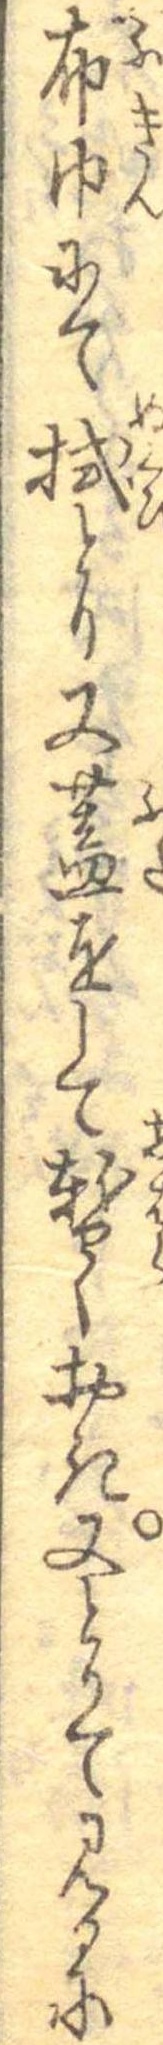
布巾にて拭とり又蓋をして暫くおき又とりて見るに